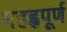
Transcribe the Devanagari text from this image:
महह्वपूर्ण